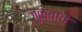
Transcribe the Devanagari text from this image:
जुळवावे